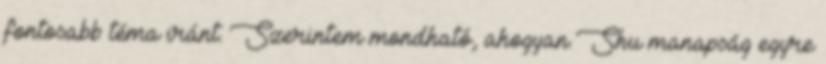
fontosabb téma iránt. Szerintem mondható, ahogyan Shu manapság egyre